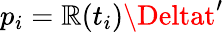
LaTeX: p_{i}=\mathbb{R}(t_{i})\Deltat^{\prime}